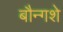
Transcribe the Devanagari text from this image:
बौन्गशे